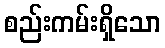
စည်းကမ်းရှိသော